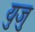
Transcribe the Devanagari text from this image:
युजु